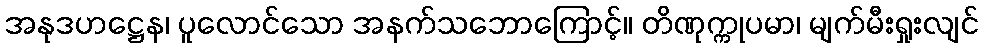
အနုဒဟဋ္ဌေန၊ ပူလောင်သော အနက်သဘောကြောင့်။ တိဏုက္ကုပမာ၊ မျက်မီးရှုးလျင်